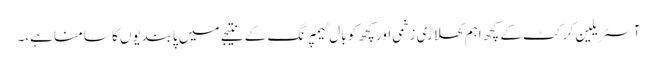
آسٹریلین کرکٹ کے کچھ اہم کھلاڑی زخمی اور کچھ کو بال ٹیمپرنگ کے نتیجے میں پابندیوں کا سامنا ہے،۔